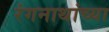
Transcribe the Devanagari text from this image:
रंगनाथांच्या